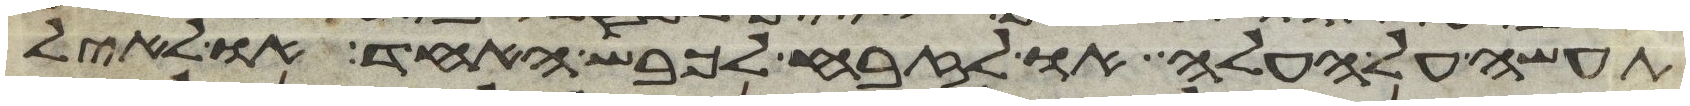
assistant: תעשה על העלה או לזבח לכבש האחד או לאיל